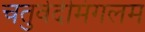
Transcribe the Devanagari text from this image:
चतुर्वेदीमंगलम